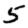
Digit: 5